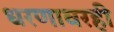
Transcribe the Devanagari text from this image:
धरणावरही